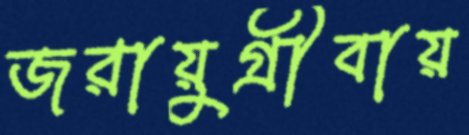
জরায়ুগ্রীবায়